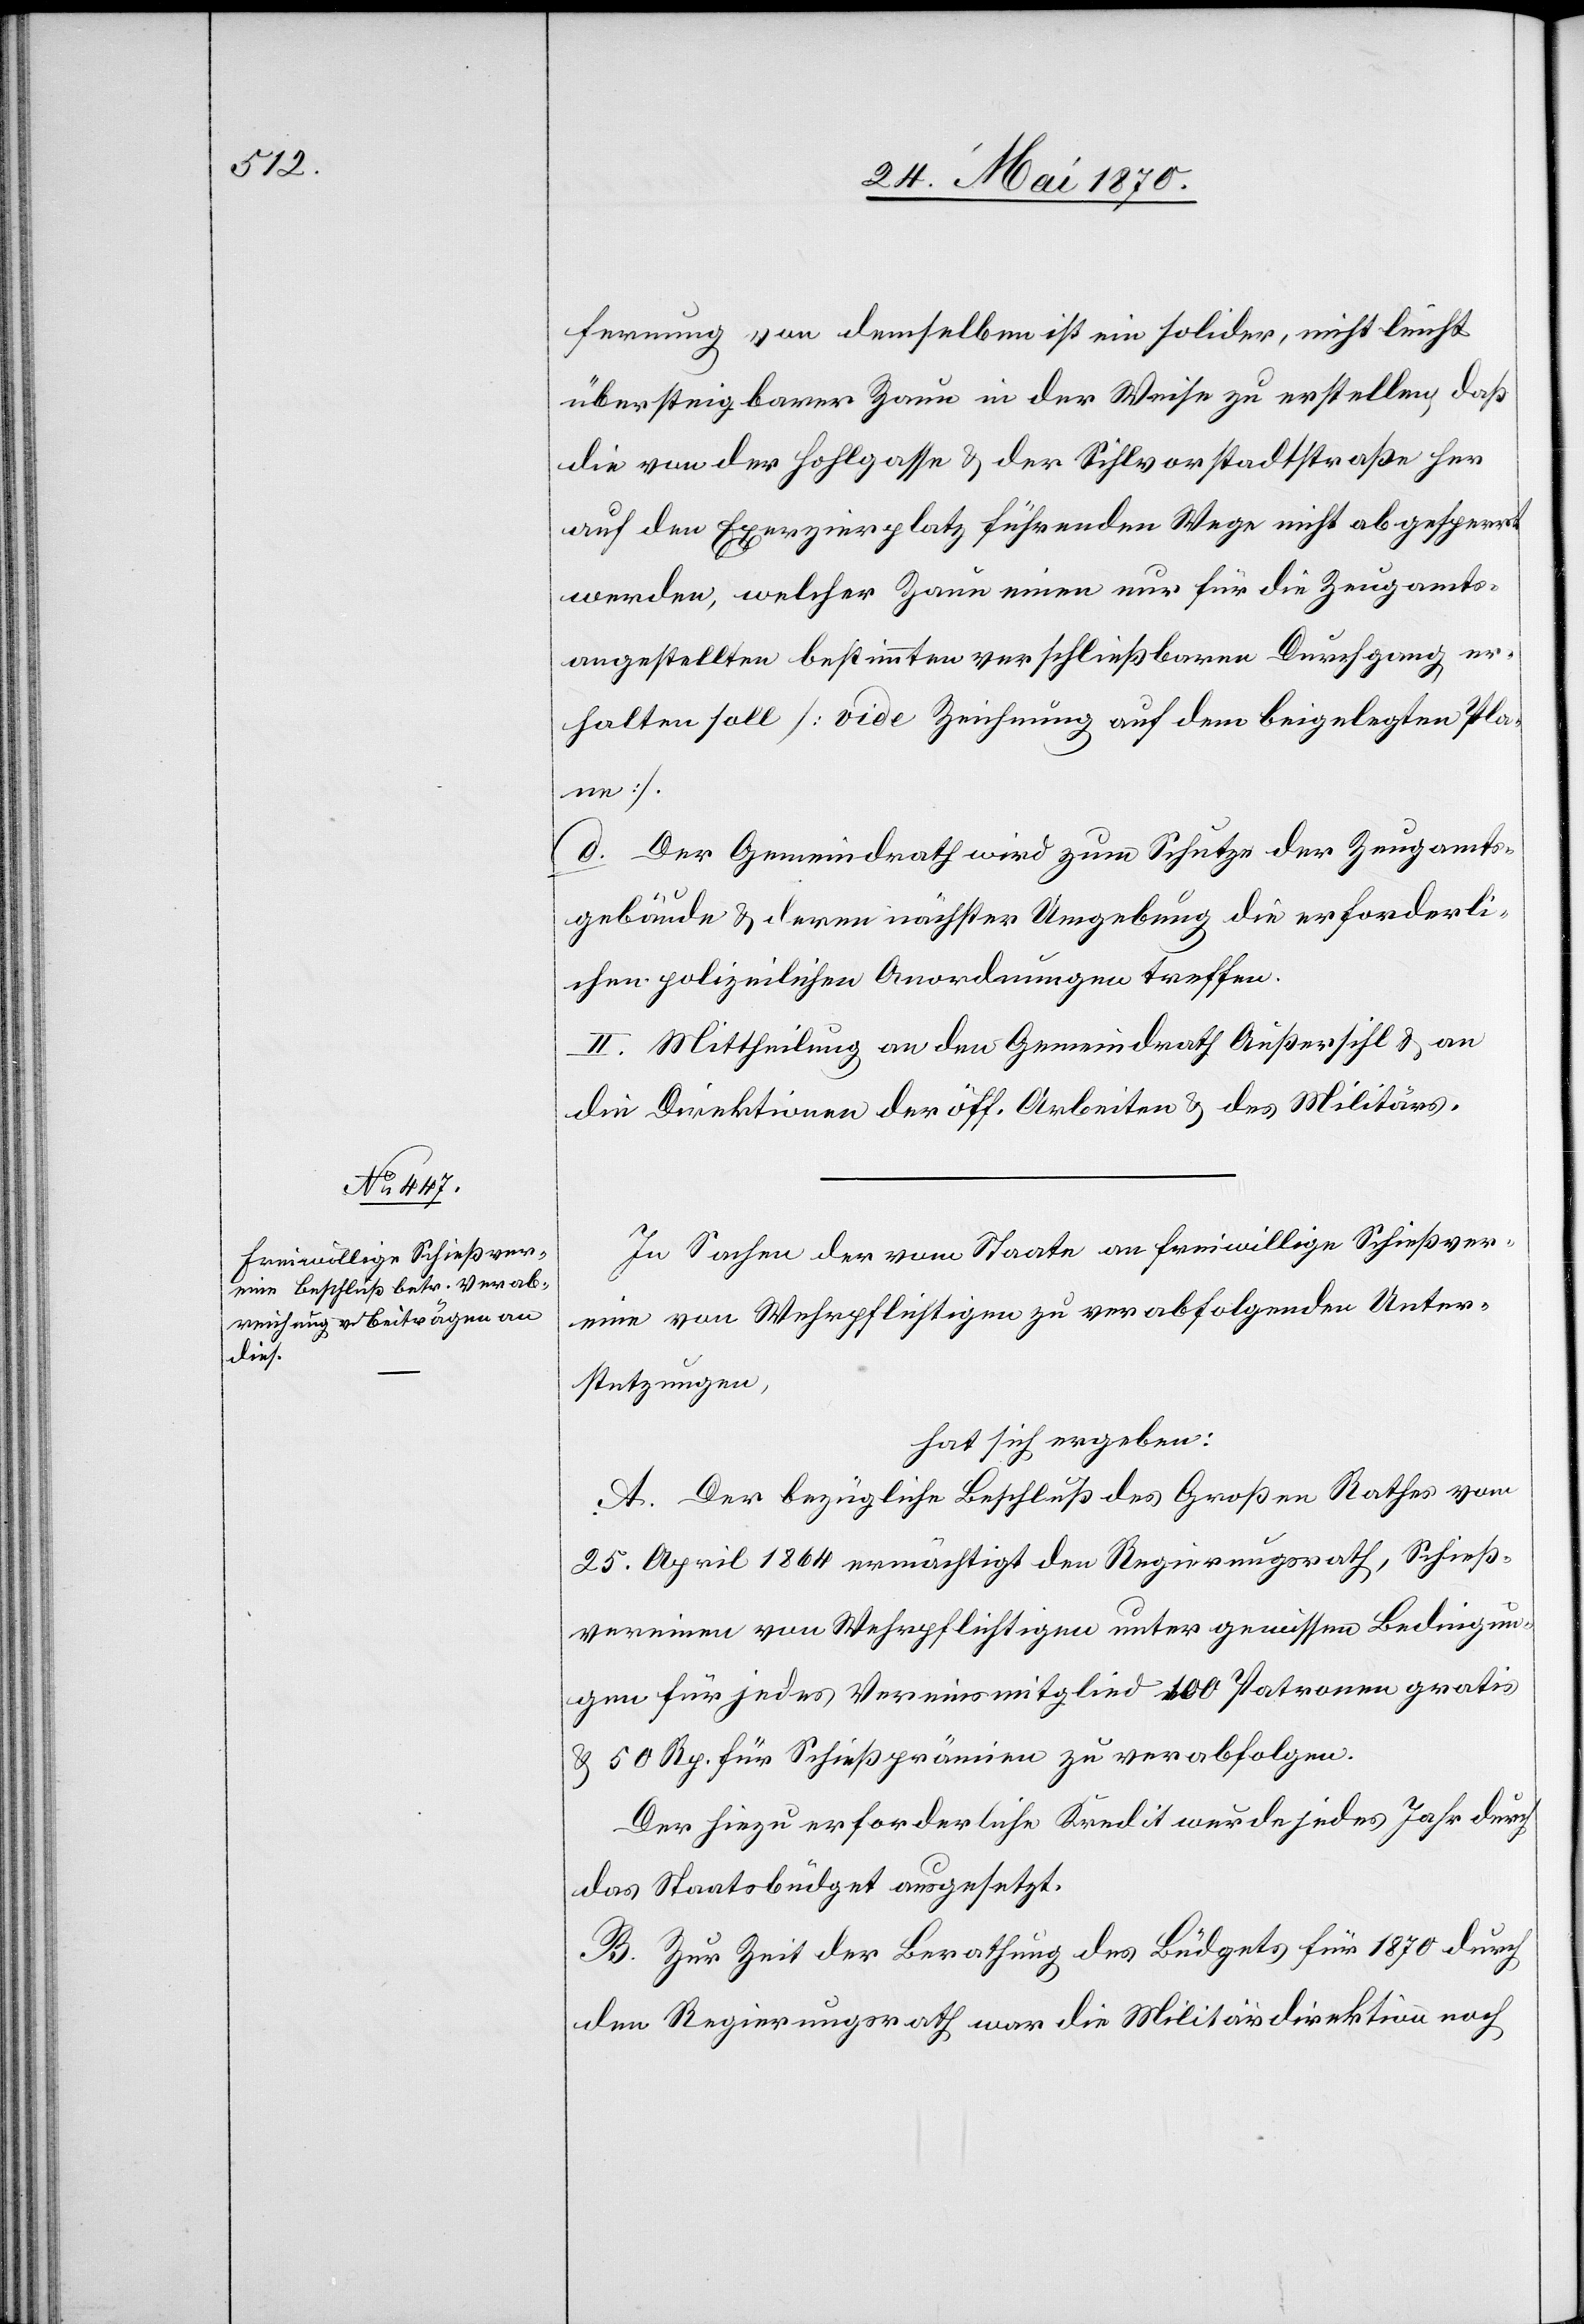
fernung von demselben ist ein solider, nicht leicht
übersteigbarer Zaun in der Weise zu erstellen, daß
die von der Hohlgasse & der Sihlvorstadtstraße her
auf den Exerzierplatz führenden Wege nicht abgesperrt
werden, welcher Zaun einen nur für die Zeugamts¬
angestellten bestimmten verschließbaren Durchgang er¬
halten soll [vide Zeichnung auf dem beigelegten Pla¬
ne].
d. Der Gemeindrath wird zum Schutze der Zeugamts¬
gebäude & deren nächster Umgebung die erforderli¬
chen polizeilichen Anordnungen treffen.
II. Mittheilung an den Gemeindrath Außersihl & an
die Direktionen der öff. Arbeiten & des Militärs.
In Sachen der vom Staate an freiwillige Schießver¬
eine von Wehrpflichtigen zu verabfolgenden Unter¬
stützungen,
hat sich ergeben:
A. Der bezügliche Beschluß des Großen Rathes vom
25. April 1864 ermächtigt den Regierungsrath, Schieß¬
vereinen von Wehrpflichtigen unter gewissen Bedingun¬
gen für jedes Vereinsmitglied 100 Patronen gratis
& 50 Rp. für Schießprämien zu verabfolgen.
Der hiezu erforderliche Kredit wurde jedes Jahr durch
das Staatsbüdget ausgesetzt.
B. Zur Zeit der Berathung des Büdgets für 1870 durch
den Regierungsrath war die Militärdirektion noch